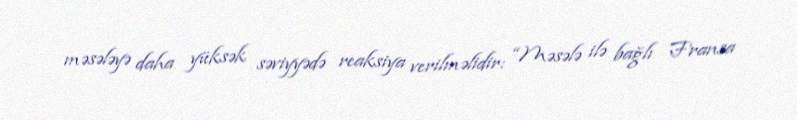
məsələyə daha yüksək səviyyədə reaksiya verilməlidir: “Məsələ ilə bağlı Fransa